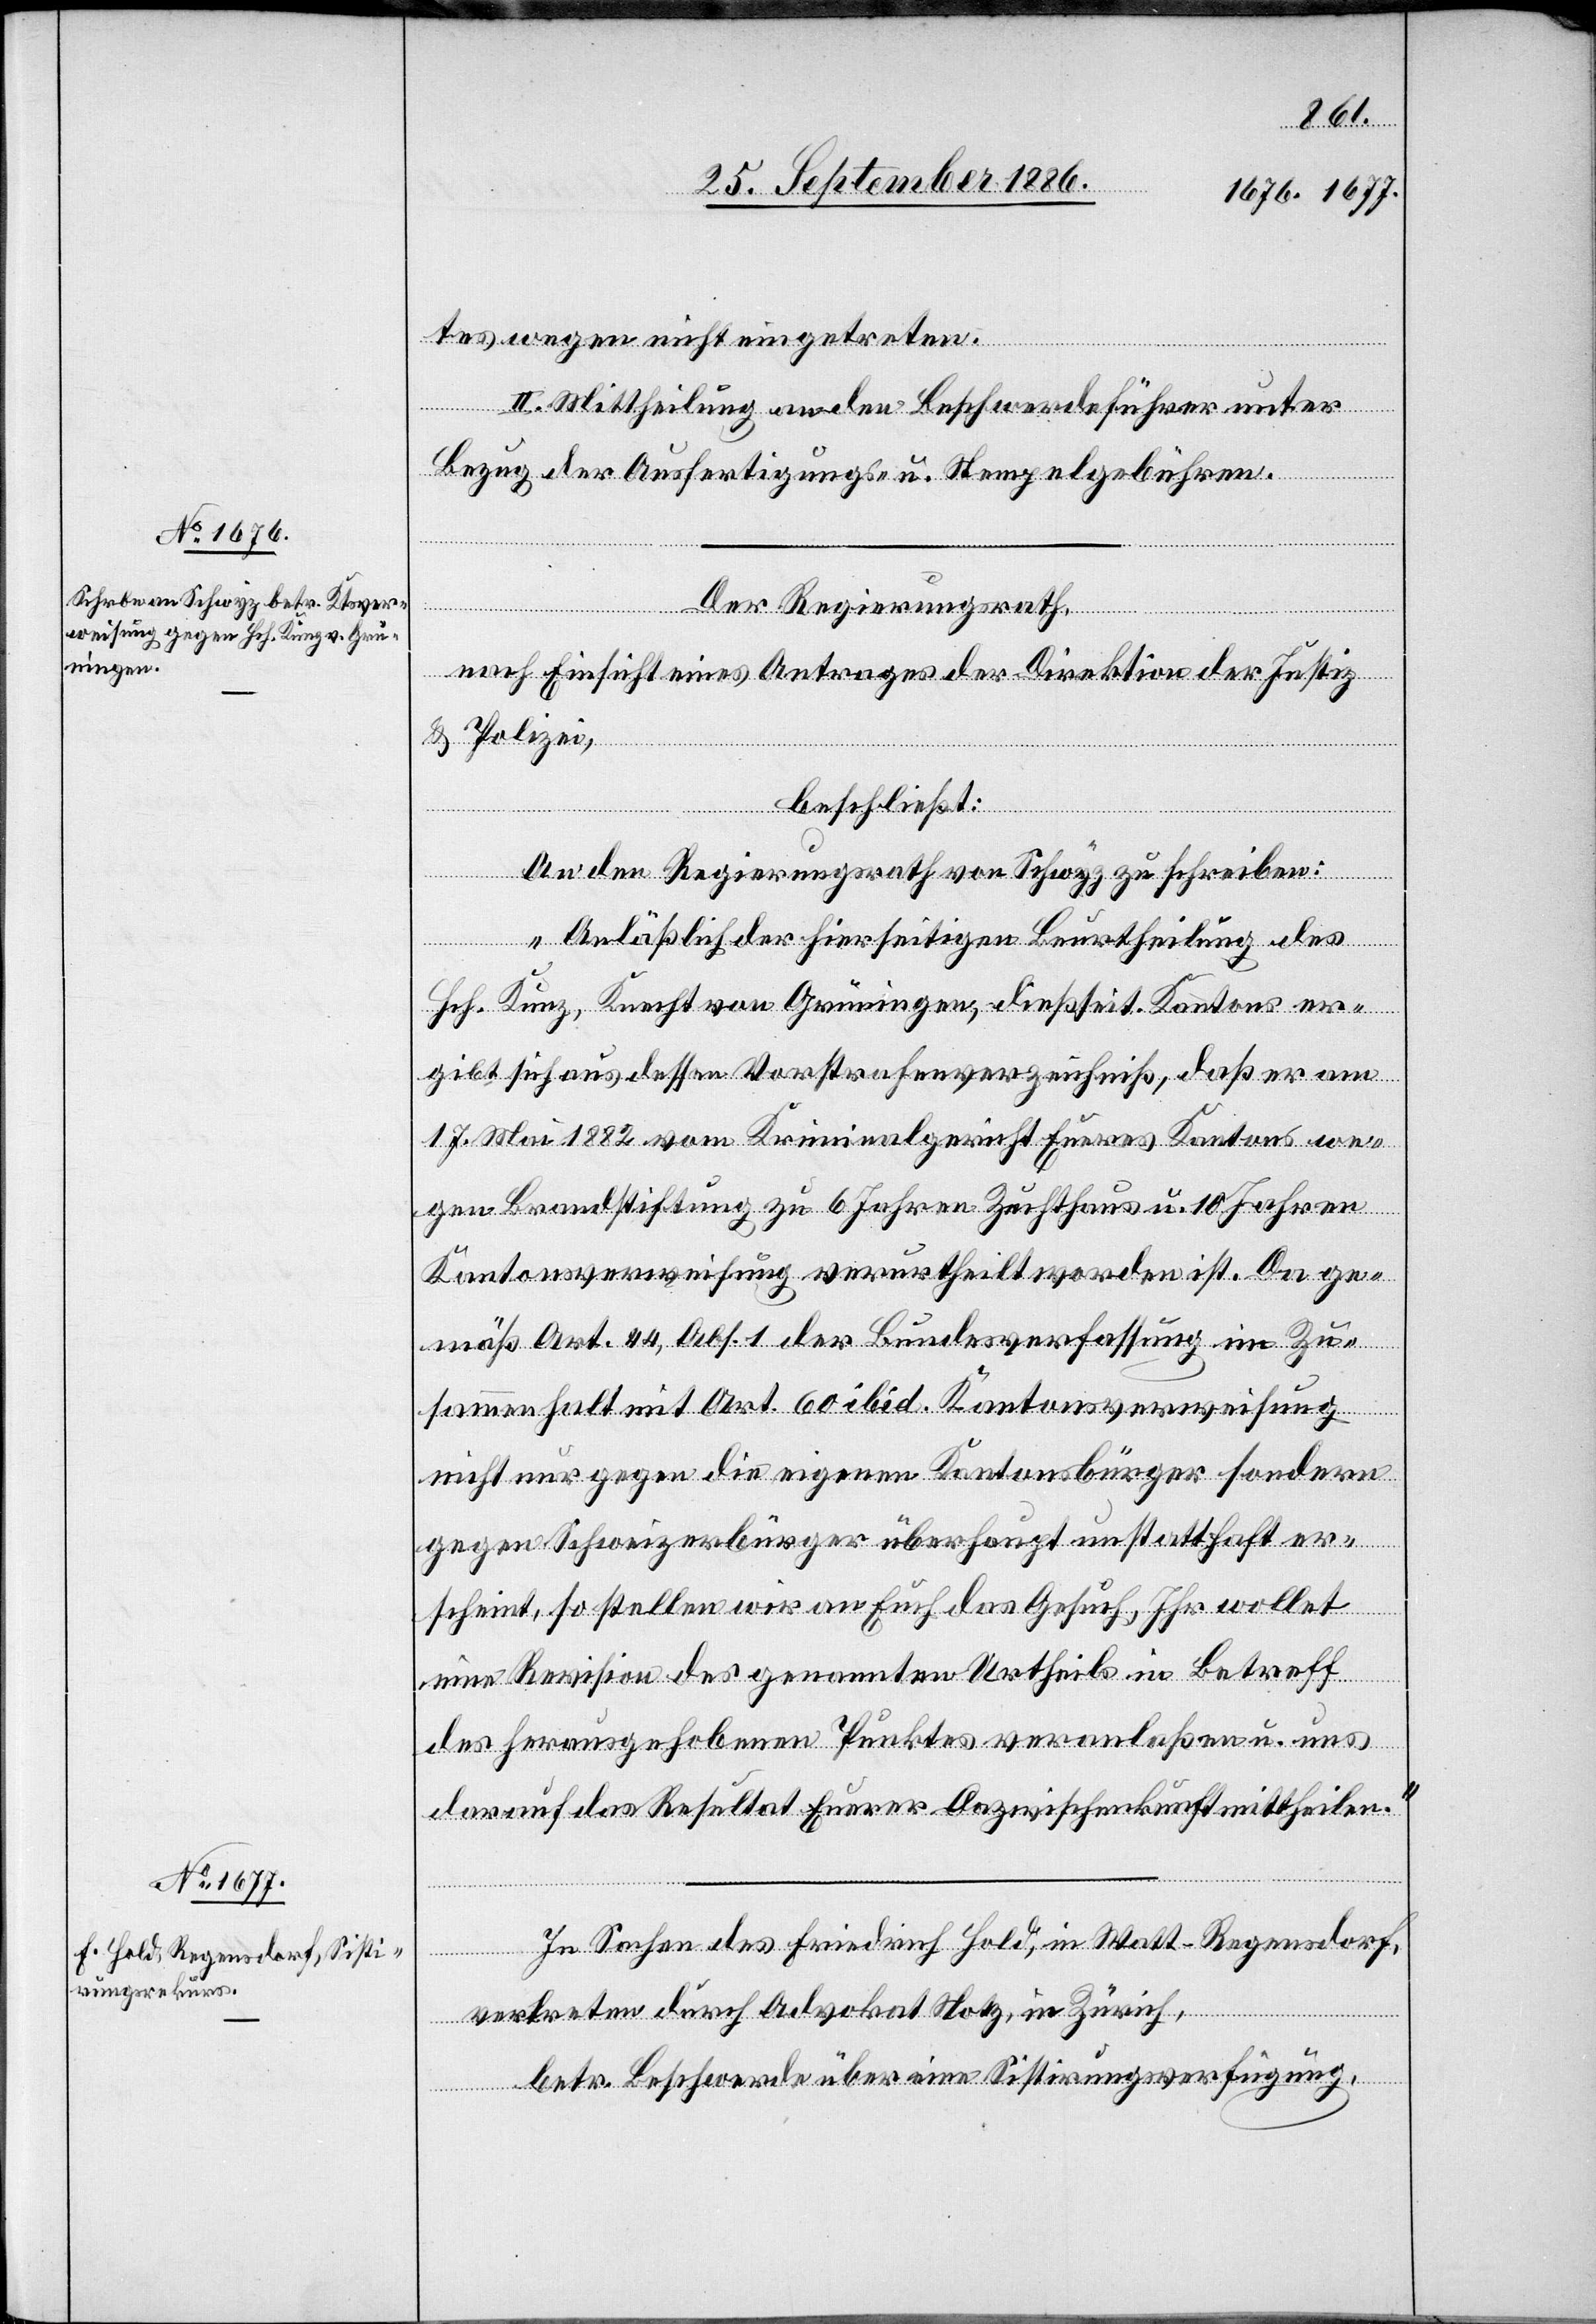
tes wegen nicht eingetreten.
II. Mittheilung an den Beschwerdeführer unter
Bezug der Ausfertigungs- u. Stempelgebühren.
Der Regierungsrath,
nach Einsicht eines Antrages der Direktion der Justiz
& Polizei,
beschließt:
An den Regierungsrath von Schwyz zu schreiben:
„Anläßlich der hierseitigen Beurtheilung des
Hch. Kunz, Knecht von Grüningen, dießseit. Kantons er¬
gibt sich aus dessen Vorstrafenverzeichniß, daß er am
17. Mai 1882 vom Kriminalgericht Eueres Kantons we¬
gen Brandstiftung zu 6 Jahren Zuchthaus u. 10 Jahren
Kantonsverweisung verurtheilt worden ist. Da ge¬
mäß Art. 44, Abs. 1 der Bundesverfassung im Zu¬
sammenhalt mit Art. 60 ibid. Kantonsverweisung
nicht nur gegen die eigenen Kantonsbürger sondern
gegen Schweizerbürger überhaupt unstatthaft er¬
scheint, so stellen wir an Euch das Gesuch, Ihr wollet
eine Revision des genannten Urtheils in Betreff
des herausgehobenen Punktes veranlaßen u. uns
darauf das Resultat Euerer Dazwischenkunft mittheilen.“
In Sachen des Friedrich Hold, in Watt - Regensdorf,
vertreten durch Advokat Notz, in Zürich,
betr. Beschwerde über eine Sistirungsverfügung,